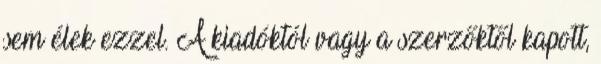
sem élek ezzel. A kiadóktól vagy a szerzőktől kapott,